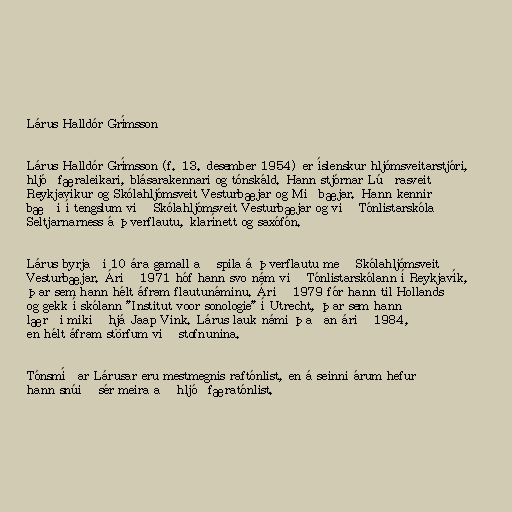
Lárus Halldór Grímsson

Lárus Halldór Grímsson (f. 13. desember 1954) er íslenskur hljómsveitarstjóri,
hljóðfæraleikari, blásarakennari og tónskáld. Hann stjórnar Lúðrasveit
Reykjavíkur og Skólahljómsveit Vesturbæjar og Miðbæjar. Hann kennir
bæði í tengslum við Skólahljómsveit Vesturbæjar og við Tónlistarskóla
Seltjarnarness á þverflautu, klarínett og saxófón.

Lárus byrjaði 10 ára gamall að spila á þverflautu með Skólahljómsveit
Vesturbæjar. Árið 1971 hóf hann svo nám við Tónlistarskólann í Reykjavík,
þar sem hann hélt áfram flautunáminu. Árið 1979 fór hann til Hollands
og gekk í skólann "Institut voor sonologie" í Utrecht, þar sem hann
lærði mikið hjá Jaap Vink. Lárus lauk námi þaðan árið 1984,
en hélt áfram störfum við stofnunina.

Tónsmíðar Lárusar eru mestmegnis raftónlist, en á seinni árum hefur
hann snúið sér meira að hljóðfæratónlist.